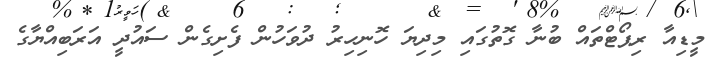
މީޑިއާ ރިޕޯޓްތައް ބުނާ ގޮތުގައި މިދިޔަ ހޮނިހިރު ދުވަހުން ފެށިގެން ސައުދީ އަރަބިއްޔާގެ